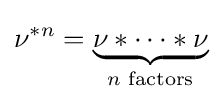
\nu ^{*n}=\underbrace {\nu *\cdots *\nu } _{n{\text{ factors}}}